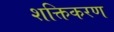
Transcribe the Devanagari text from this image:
शक्तिकरण